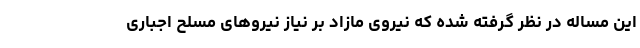
این مساله در نظر گرفته شده که نیروی مازاد بر نیاز نیروهای مسلح اجباری